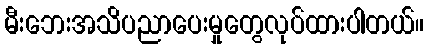
မီးဘေးအသိပညာပေးမှုတွေလုပ်ထားပါတယ်။